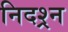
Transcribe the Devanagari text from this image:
निदश्र्न